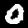
Digit: 0